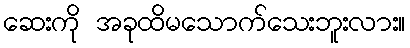
ဆေးကို အခုထိမသောက်သေးဘူးလား။